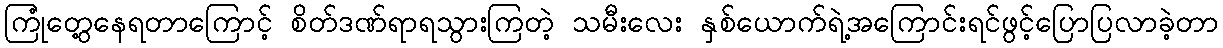
ကြုံတွေ့နေရတာကြောင့် စိတ်ဒဏ်ရာရသွားကြတဲ့ သမီးလေး နှစ်ယောက်ရဲ့အကြောင်းရင်ဖွင့်ပြောပြလာခဲ့တာ